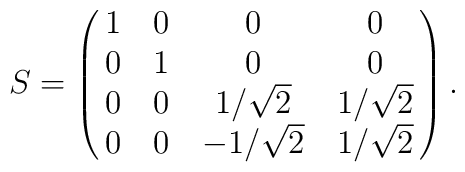
S = \pmatrix{1&0&0&0 \cr 0&1&0&0 \cr0&0&1/\sqrt{2} & 1/\sqrt{2} \cr 0 & 0&-1/\sqrt{2} & 1/\sqrt{2}} .